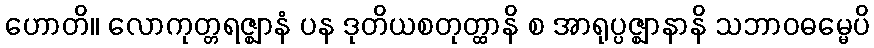
ဟောတိ။ လောကုတ္တရဇ္ဈာနံ ပန ဒုတိယစတုတ္ထာနိ စ အာရုပ္ပဇ္ဈာနာနိ သဘာဝဓမ္မေပိ